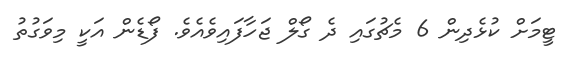
ޓީމަށް ކުޅެދިން 6 މެޗުގައި ދެ ގޯލް ޖަހާފައިވެއެވެ. ފޯޑެން އަކީ މިވަގުތު